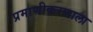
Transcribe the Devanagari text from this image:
प्रमाणीकरणाला